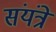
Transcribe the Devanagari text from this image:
संयंत्रें